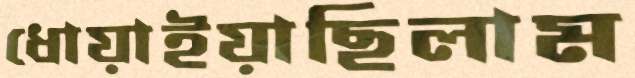
ধোয়াইয়াছিলাম